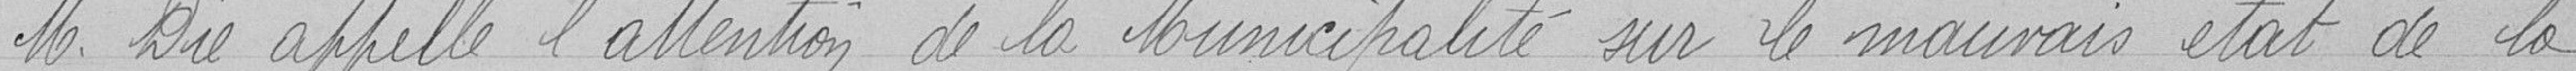
Monsieur Dié appelle l'attention de la municipalité sur le mauvais état de la